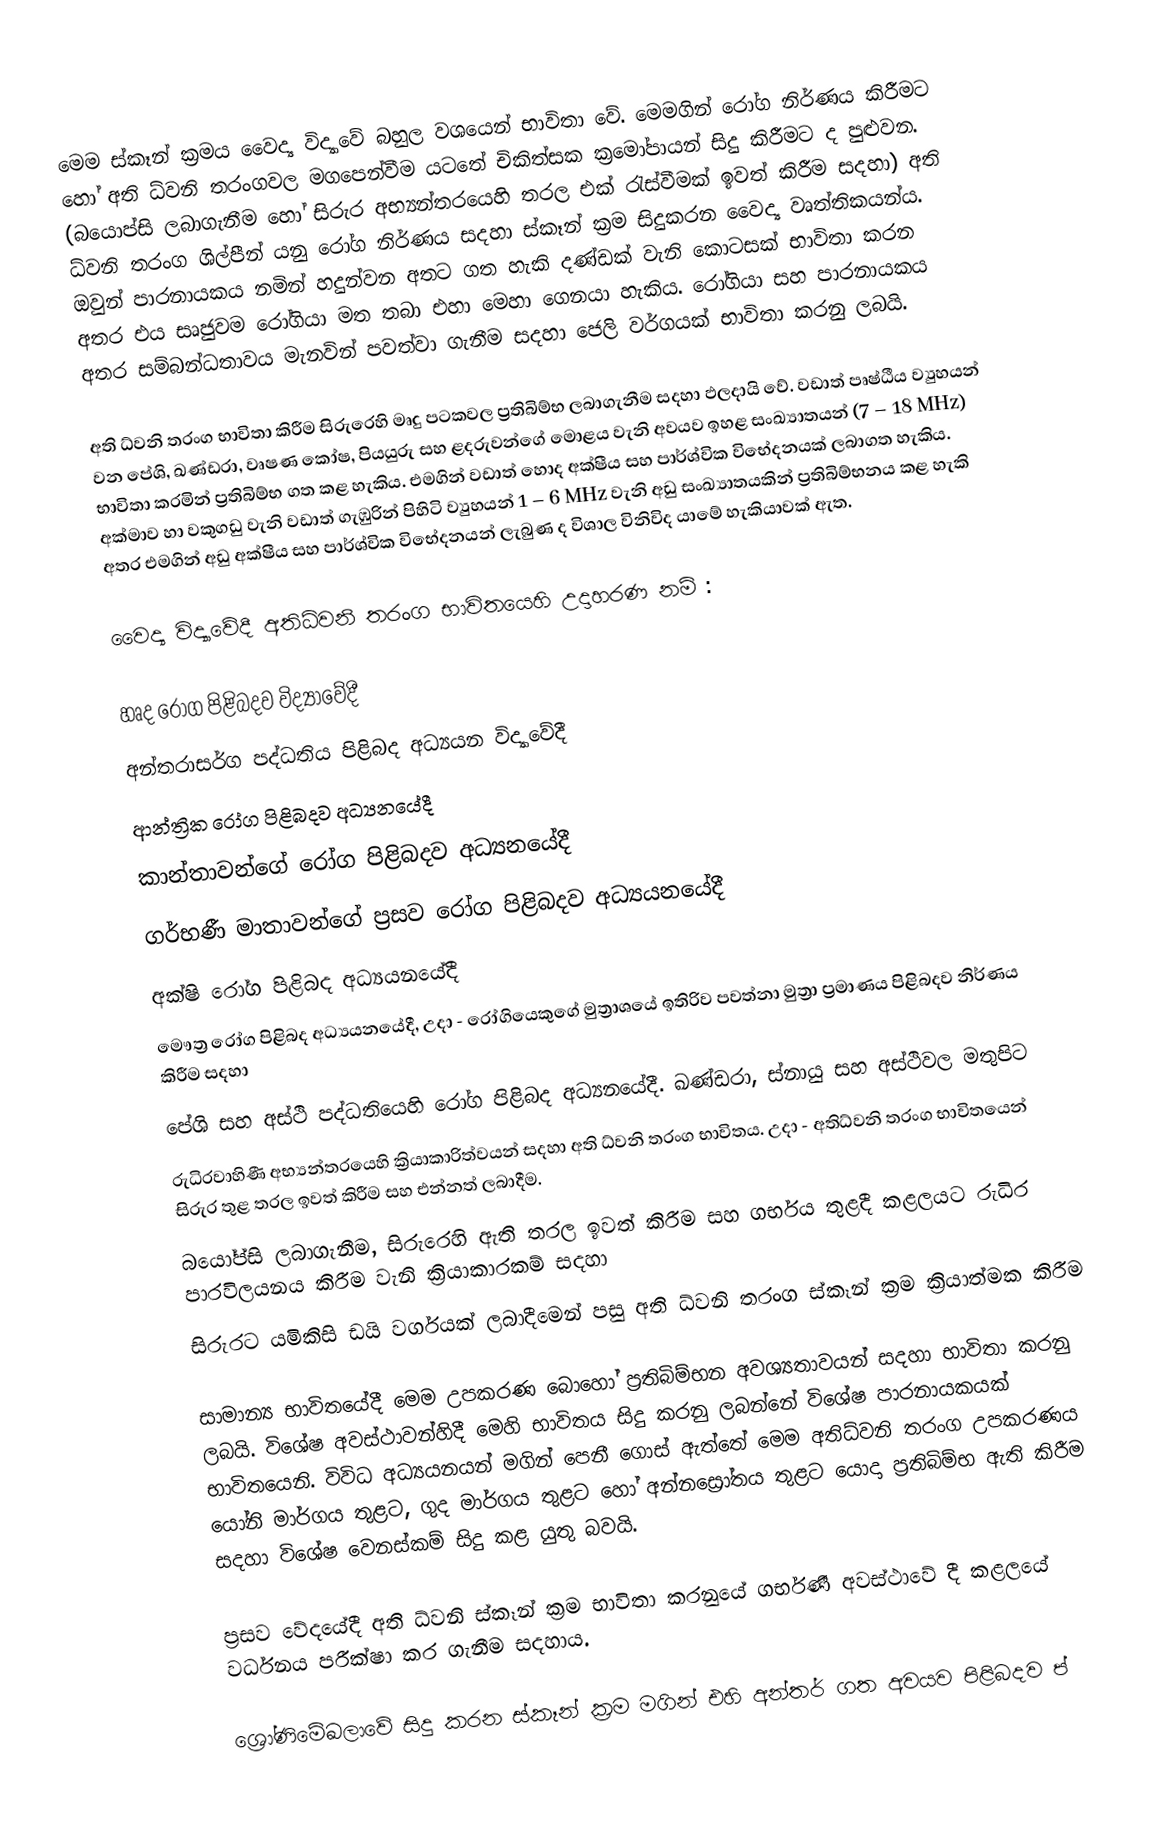
මෙම ස්කෑන් ක්‍රමය වෛද්‍ය විද්‍යාවේ බහුල වශයෙන් භාවිතා වේ. මෙමගින් රෝග නිර්ණය කිරීමට හෝ අති ධ්වනි තරංගවල මගපෙන්වීම යටතේ චිකිත්සක ක්‍රමෝපායන් සිදු කිරීමට ද පුළුවන. (බයොප්සි ලබාගැනීම හෝ සිරුර අභ්‍යන්තරයෙහි තරල එක් රැස්වීමක් ඉවත් කිරීම සදහා) අති ධ්වනි තරංග ශිල්පීන් යනු රෝග නිර්ණය සදහා ස්කෑන් ක්‍රම සිදුකරන වෛද්‍ය වෘත්තිකයන්ය. ඔවුන් පාරනායකය නමින් හදුන්වන  අතට ගත හැකි දණ්ඩක් වැනි කොටසක් භාවිතා කරන අතර එය සෘජුවම රෝගියා මත තබා එහා මෙහා ගෙනයා හැකිය. රෝගියා සහ පාරනායකය අතර සම්බන්ධතාවය මැනවින් පවත්වා ගැනීම සදහා ජෙලි වර්ගයක් භාවිතා කරනු ලබයි.

අති ධ්වනි තරංග භාවිතා කිරීම සිරුරෙහි මෘදු පටකවල ප්‍රතිබිම්භ ලබාගැනීම සදහා ඵලදායි වේ. වඩාත් පෘෂ්ඨීය ව්‍යුහයන් වන පේශි, ඛණ්ඩරා, වෘෂණ කෝෂ, පියයුරු සහ  ළදරුවන්ගේ මොළය වැනි අවයව ඉහළ සංඛ්‍යාතයන් (7 – 18 MHz) භාවිතා කරමින් ප්‍රතිබිම්භ ගත කළ හැකිය. එමගින් වඩාත් හොද අක්ෂීය සහ පාර්ශ්වික විභේදනයක් ලබාගත හැකිය. අක්මාව හා වකුගඩු වැනි වඩාත් ගැඹුරින් පිහිටි ව්‍යුහයන් 1 – 6 MHz වැනි අඩු සංඛ්‍යාතයකින් ප්‍රතිබිම්භනය කළ හැකි අතර එමගින් අඩු අක්ෂීය සහ පාර්ශ්වික විභේදනයන් ලැබුණ ද විශාල විනිවිද යාමේ හැකියාවක් ඇත.

වෛද්‍ය විද්‍යාවේදී අතිධ්වනි තරංග භාවිතයෙහි උදාහරණ නම් :

	හෘද රෝග පිළිබදව විද්‍යාවේදී
	අන්තරාසර්ග පද්ධතිය පිළිබද අධ්‍යයන විද්‍යාවේදී
	ආන්ත්‍රික රෝග පිළිබදව අධ්‍යනයේදී
	කාන්තාවන්ගේ රෝග පිළිබදව අධ්‍යනයේදී
	ගර්භණී මාතාවන්ගේ ප්‍රසව රෝග පිළිබදව අධ්‍යයනයේදී
	අක්ෂි රෝග පිළිබද අධ්‍යයනයේදී
	මෞත්‍ර රෝග පිළිබද අධ්‍යයනයේදී, උදා - රෝගියෙකුගේ මුත්‍රාශයේ ඉතිරිව පවත්නා මුත්‍රා ප්‍රමාණය පිළිබදව නිර්ණය කිරීම සදහා
	පේශි සහ අස්ථි පද්ධතියෙහි රෝග පිළිබද අධ්‍යනයේදී. ඛණ්ඩරා, ස්නායු සහ අස්ථිවල මතුපිට
	රුධිරවාහිණී අභ්‍යන්තරයෙහි ක්‍රියාකාරිත්වයන් සදහා අති ධ්වනි තරංග භාවිතය. උදා - අතිධ්වනි තරංග භාවිතයෙන් සිරුර තුළ තරල ඉවත් කිරීම සහ එන්නත් ලබාදීම.
	බයෝප්සි ලබාගැනීම, සිරුරෙහි ඇති තරල ඉවත් කිරීම සහ ගර්භය තුළදී කළලයට රුධිර පාරවිලයනය කිරීම වැනි ක්‍රියාකාරකම් සදහා
	සිරුරට යමිකිසි ඩයි වර්ගයක් ලබාදීමෙන් පසු අති ධ්වනි තරංග ස්කෑන් ක්‍රම ක්‍රියාත්මක කිරීම

සාමාන්‍ය භාවිතයේදී මෙම උපකරණ බොහෝ ප්‍රතිබිම්භන අවශ්‍යතාවයන් සදහා භාවිතා කරනු ලබයි. විශේෂ අවස්ථාවන්හිදී මෙහි භාවිතය සිදු කරනු ලබන්නේ විශේෂ පාරනායකයක් භාවිතයෙනි. විවිධ අධ්‍යයනයන් මගින් පෙනී ගොස් ඇත්තේ මෙම අතිධ්වනි තරංග උපකරණය යෝනි මාර්ගය තුළට, ගුද මාර්ගය තුළට හෝ අන්නස්‍රෝතය තුළට යොදා ප්‍රතිබිම්භ ඇති කිරීම සදහා විශේෂ වෙනස්කම් සිදු කළ යුතු බවයි.

ප්‍රසව වේදයේදී අති ධ්වනි ස්කෑන් ක්‍රම භාවිතා කරනුයේ ගර්භණී අවස්ථාවේ දී කළලයේ වර්ධනය පරීක්ෂා කර ගැනීම සදහාය.

ශ්‍රෝණිමේඛලාවේ සිදු කරන ස්කෑන් ක්‍රම මගින් එහි අන්තර් ගත අවයව පිළිබදව ප්‍